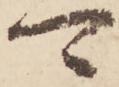
可